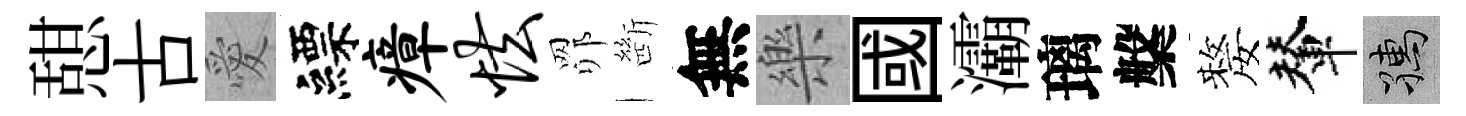
憇古愛縹瘴怯𦊑㫁無樂國灞璃槃嫠輦孺